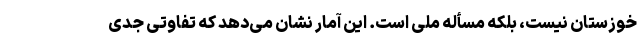
خوزستان نیست، بلکه مسأله ملی است. این آمار نشان می‌دهد که تفاوتی جدی